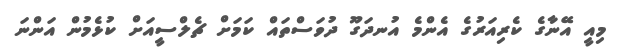
މިއީ އޭނާގެ ކެރިއަރުގެ އެންމެ އުނދަގޫ ދުވަސްތައް ކަމަށް ޗެލްސީއަށް ކުޅެމުން އަންނަ